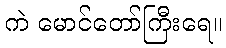
ကဲ မောင်တော်ကြီးရေ။